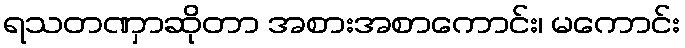
ရသတဏှာဆိုတာ အစားအစာကောင်း၊ မကောင်း